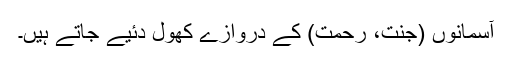
آسمانوں (جنت، رحمت) کے دروازے کھول دئیے جاتے ہیں۔